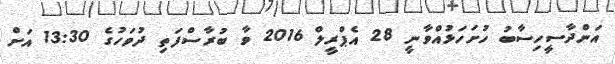
އަންދާސީހިސާބު ހުށަހަޅުއްވާނީ 28 އެޕްރީލް 2016 ވާ ބުރާސްފަތި ދުވަހުގެ 13:30 އަށް